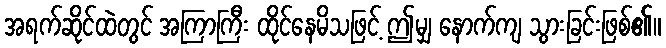
အရက်ဆိုင်ထဲတွင် အကြာကြီး ထိုင်နေမိသဖြင့် ဤမျှ နောက်ကျ သွားခြင်းဖြစ်၏။